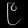
Digit: ၉